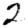
Digit: 2